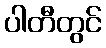
ပါတီတွင်